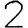
Digit: 2